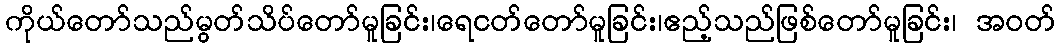
ကိုယ်တော်သည်မွတ်သိပ်တော်မူခြင်း၊ရေငတ်တော်မူခြင်း၊ဧည့်သည်ဖြစ်တော်မူခြင်း၊ အဝတ်